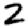
Digit: 2